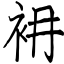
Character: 衻